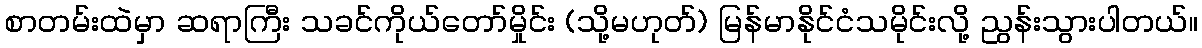
စာတမ်းထဲမှာ ဆရာကြီး သခင်ကိုယ်တော်မှိုင်း (သို့မဟုတ်) မြန်မာနိုင်ငံသမိုင်းလို့ ညွန်းသွားပါတယ်။